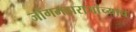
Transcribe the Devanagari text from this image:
जोगमहाराजांच्याच